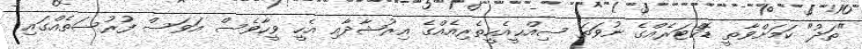
"ތަދު" ކަމަށްވާތީ ޑޮކްޓަރެއްގެ ނުވަތަ ސިއްޙީއެހީތެރިއެއްގެ އިރުޝާދާއި އެހީ ވީހާވެސް އަވަސް ފުރުސަތެއްގައި